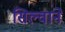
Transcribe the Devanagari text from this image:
सिल्वाने